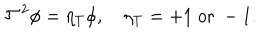
{ \cal T } ^ { 2 } \phi = \eta _ { T } \phi , \quad \eta _ { T } = + 1 \; \mathrm { o r } \; - 1 .